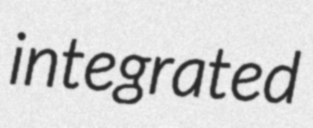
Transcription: integrated